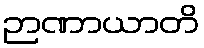
ဉာဏာယာတိ